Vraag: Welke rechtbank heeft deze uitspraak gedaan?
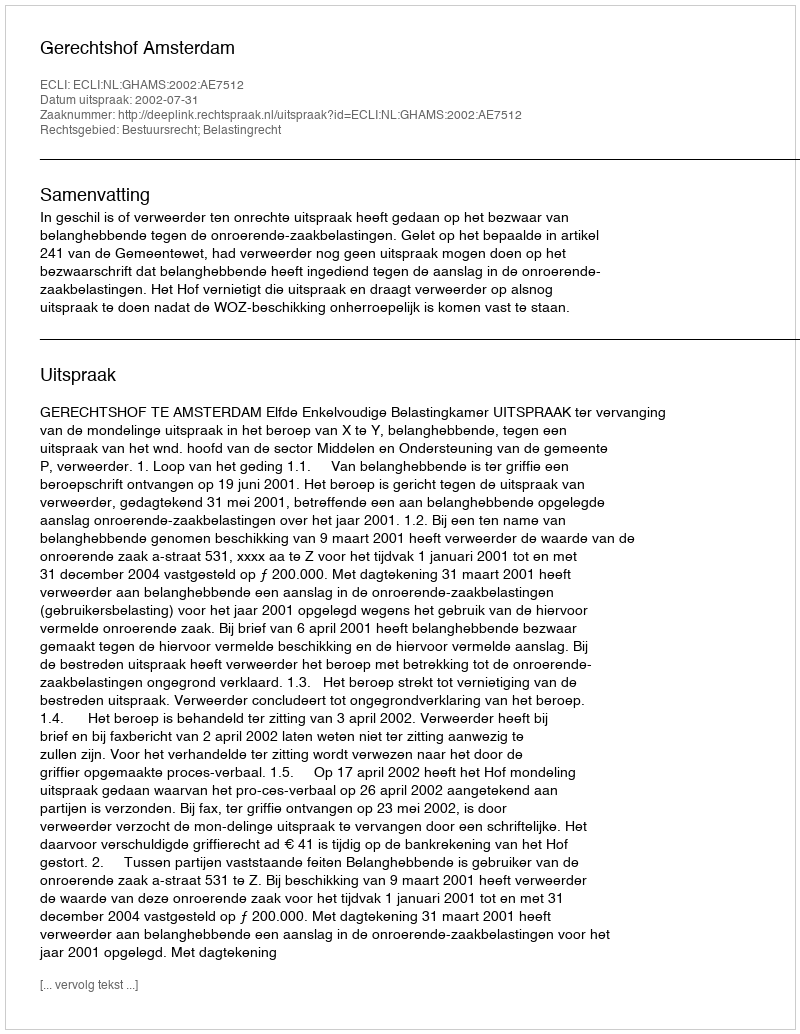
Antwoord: Gerechtshof Amsterdam